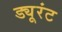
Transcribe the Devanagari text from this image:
ड्यूरंट